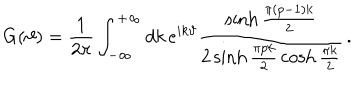
G ( \vartheta ) = \frac { 1 } { 2 \pi } \int _ { - \infty } ^ { + \infty } d k \, e ^ { i k \vartheta } \frac { \sinh \frac { \pi ( p - 1 ) k } { 2 } } { 2 \sinh \frac { \pi p k } { 2 } \, \cosh \frac { \pi k } { 2 } } \, .